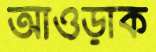
আওড়াক